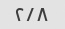
۲/۸